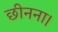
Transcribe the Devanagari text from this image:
छीनना।